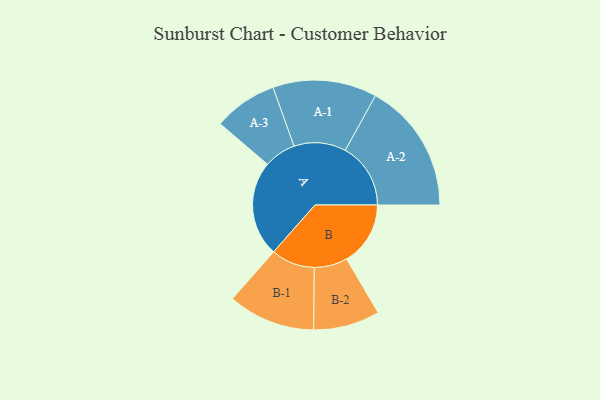
{"axis": {"x": "Segment", "y": "Value"}, "legend": ["", "A", "B"], "data": [{"x": "A", "y": 356, "type": ""}, {"x": "B", "y": 238, "type": ""}, {"x": "A-1", "y": 194, "type": "A"}, {"x": "A-2", "y": 244, "type": "A"}, {"x": "A-3", "y": 119, "type": "A"}, {"x": "B-1", "y": 163, "type": "B"}, {"x": "B-2", "y": 124, "type": "B"}]}